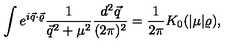
\int e ^ { i \vec { q } \cdot \vec { \varrho } } \frac { 1 } { \vec { q } ^ { 2 } + \mu ^ { 2 } } \frac { d ^ { 2 } \vec { q } } { ( 2 \pi ) ^ { 2 } } = \frac { 1 } { 2 \pi } K _ { 0 } ( | \mu | \varrho ) ,